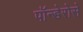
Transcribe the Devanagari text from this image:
पॉन्डेरोसे